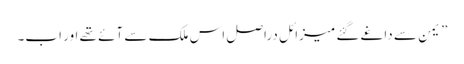
” یمن سے داغے گئے میزائل دراصل اس ملک سے آئے تھے اور اب۔